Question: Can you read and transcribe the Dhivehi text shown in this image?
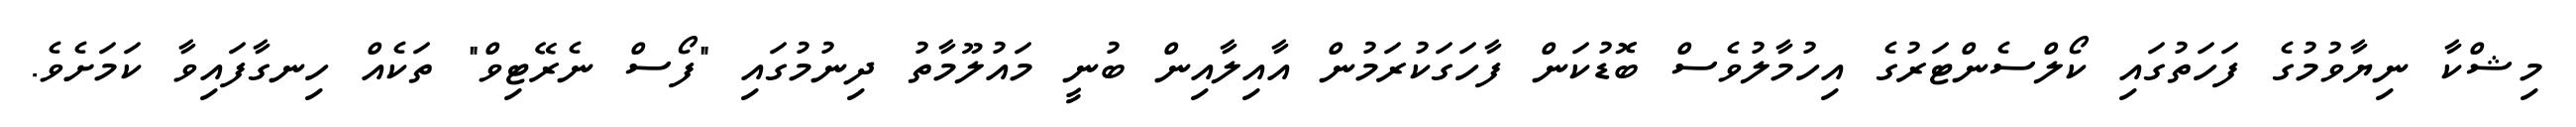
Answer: މިޝްކާ ނިޔާވުމުގެ ފަހަތުގައި ކޯލްސެންޓަރުގެ އިހުމާލުވެސް ބޮޑުކަން ފާހަގަކުރަމުން އާއިލާއިން ބުނީ މައުލޫމާތު ދިނުމުގައި "ފޯސް ނެރޭޓިވް" ތަކެއް ހިނގާފައިވާ ކަމަށެވެ.